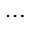
\ldots